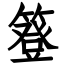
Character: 簦